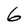
Character: 6